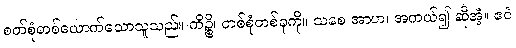
စတ်စုံတစ်ယောက်သောသူသည်။ ကိဉ္စိ၊ တစ်စုံတစ်ခုကို။ သစေ အာဟ၊ အကယ်၍ ဆိုအံ့။ ဧဝံ